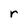
Character: r